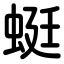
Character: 蜓